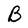
Character: B